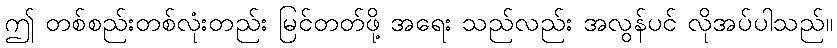
ဤ တစ်စည်းတစ်လုံးတည်း မြင်တတ်ဖို့ အရေး သည်လည်း အလွန်ပင် လိုအပ်ပါသည်။